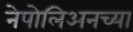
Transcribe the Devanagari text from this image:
नेपोलिअनच्या